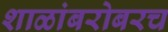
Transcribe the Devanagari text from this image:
शाळांबरोबरच